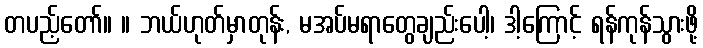
တပည့်တော်။ ။ ဘယ်ဟုတ်မှာတုန်း, မအပ်မရာတွေချည်းပေါ့၊ ဒါ့ကြောင့် ရန်ကုန်သွားဖို့